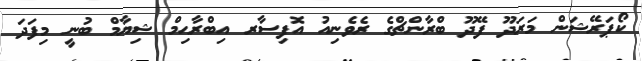
ކޯޕަރޭޝަން މަރަދޫ ފޭދޫ ބްރާންޗްގެ ރެވެނިއު އޮފިސާރ އިބްރާޙިމް ޝިޔާމް ބުނީ މިފަދަ